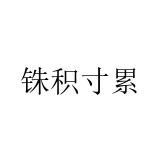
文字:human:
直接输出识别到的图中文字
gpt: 铢积寸累